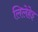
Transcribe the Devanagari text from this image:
लिलेहेइ